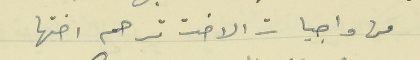
من واجبات الاخت ترحم اختها